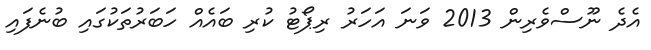
އެދެ ނޫސްވެރިން 2013 ވަނަ އަހަރު ރިޕޯޓު ކުރި ބައެއް ހަބަރުތަކުގައި ބުނެފައި